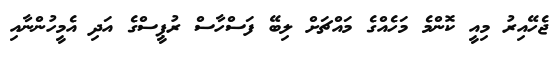
ޖެހޭއިރު މިއީ ކޮންމެ މަހެއްގެ މައްޗަށް ލިބޭ ފަސްހާސް ރުޕީސްގެ އަދި އެމީހުންނާއި